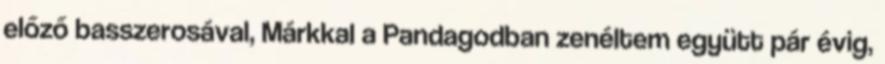
előző basszerosával, Márkkal a Pandagodban zenéltem együtt pár évig,